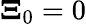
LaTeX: \boldsymbol{\Xi}_{0}=0